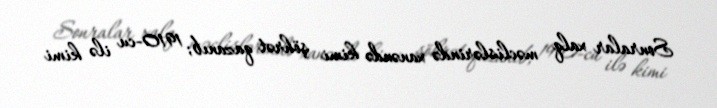
Sonralar xalq məclislərində xanəndə kimi şöhrət qazanıb; 1910-cu ilə kimi